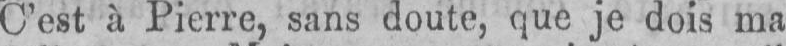
C’est à Pierre, sans doute, que je dois ma